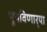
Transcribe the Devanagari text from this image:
भूषविणार्‍या